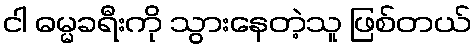
ငါ ဓမ္မခရီးကို သွားနေတဲ့သူ ဖြစ်တယ်